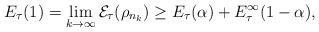
LaTeX: \begin{align*}E_{\tau}(1)=\lim_{k\to\infty}\mathcal{E}_{\tau}(\rho_{n_{k}})\geq E_{\tau}(\alpha)+E_{\tau}^{\infty}(1-\alpha),\end{align*}